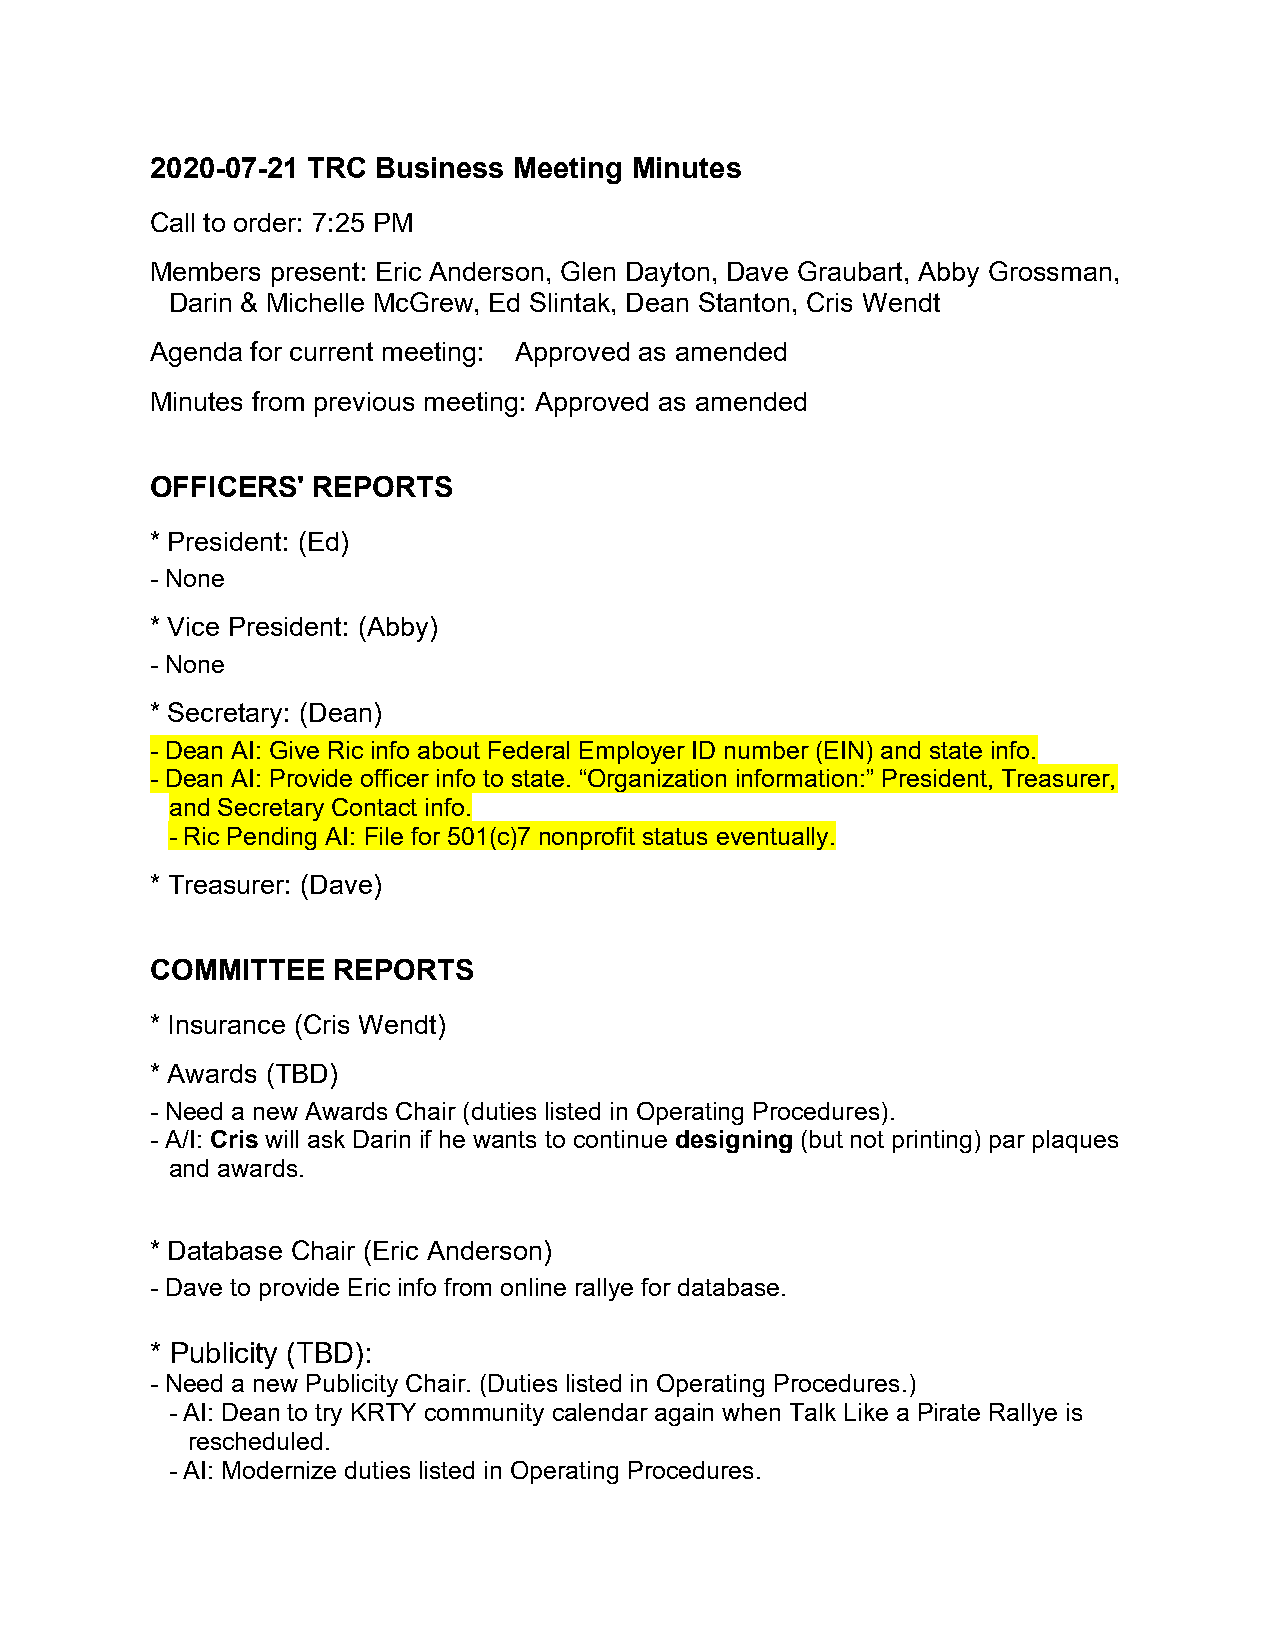
2020-07-21 TRC Business Meeting Minutes
 Call to order: 7:25 PM
 Members present: Eric Anderson, Glen Dayton, Dave Graubart, Abby Grossman,
 Darin & Michelle McGrew, Ed Slintak, Dean Stanton, Cris Wendt
 Agenda for current meeting: Approved as amended
 Minutes from previous meeting: Approved as amended
 OFFICERS'  REPORTS
 * President: (Ed)
 - None
 * Vice President: (Abby)
 - None
 * Secretary: (Dean)
 - Dean AI: Give Ric info about Federal Employer ID number (EIN) and state info.
 - Dean AI: Provide officer info to state. “Organization information:” President, Treasurer,
 and Secretary Contact info.
 - Ric Pending AI: File for 501(c)7 nonprofit status eventually.
 * Treasurer: (Dave)
 COMMITTEE   REPORTS
 * Insurance (Cris Wendt)
 * Awards (TBD)
 - Need a new Awards Chair (duties listed in Operating Procedures).
 - A/I: Cris will ask Darin if he wants to continue designing (but not printing) par plaques
 and awards.
 * Database Chair (Eric Anderson)
 - Dave to provide Eric info from online rallye for database.
 * Publicity (TBD):
 - Need a new Publicity Chair. (Duties listed in Operating Procedures.)
 - AI: Dean to try KRTY community calendar again when Talk Like a Pirate Rallye is
 rescheduled.
 - AI: Modernize duties listed in Operating Procedures.